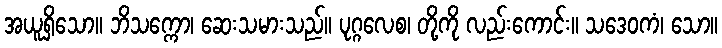
အယူရှိသော။ ဘိသက္ကော၊ ဆေးသမားသည်။ ပုဂ္ဂလေစ၊ တို့ကို လည်းကောင်း။ သဒေဝကံ၊ သော။